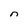
Character: n